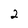
Character: 2